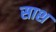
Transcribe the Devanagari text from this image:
साश